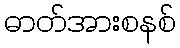
ဓာတ်အားစနစ်